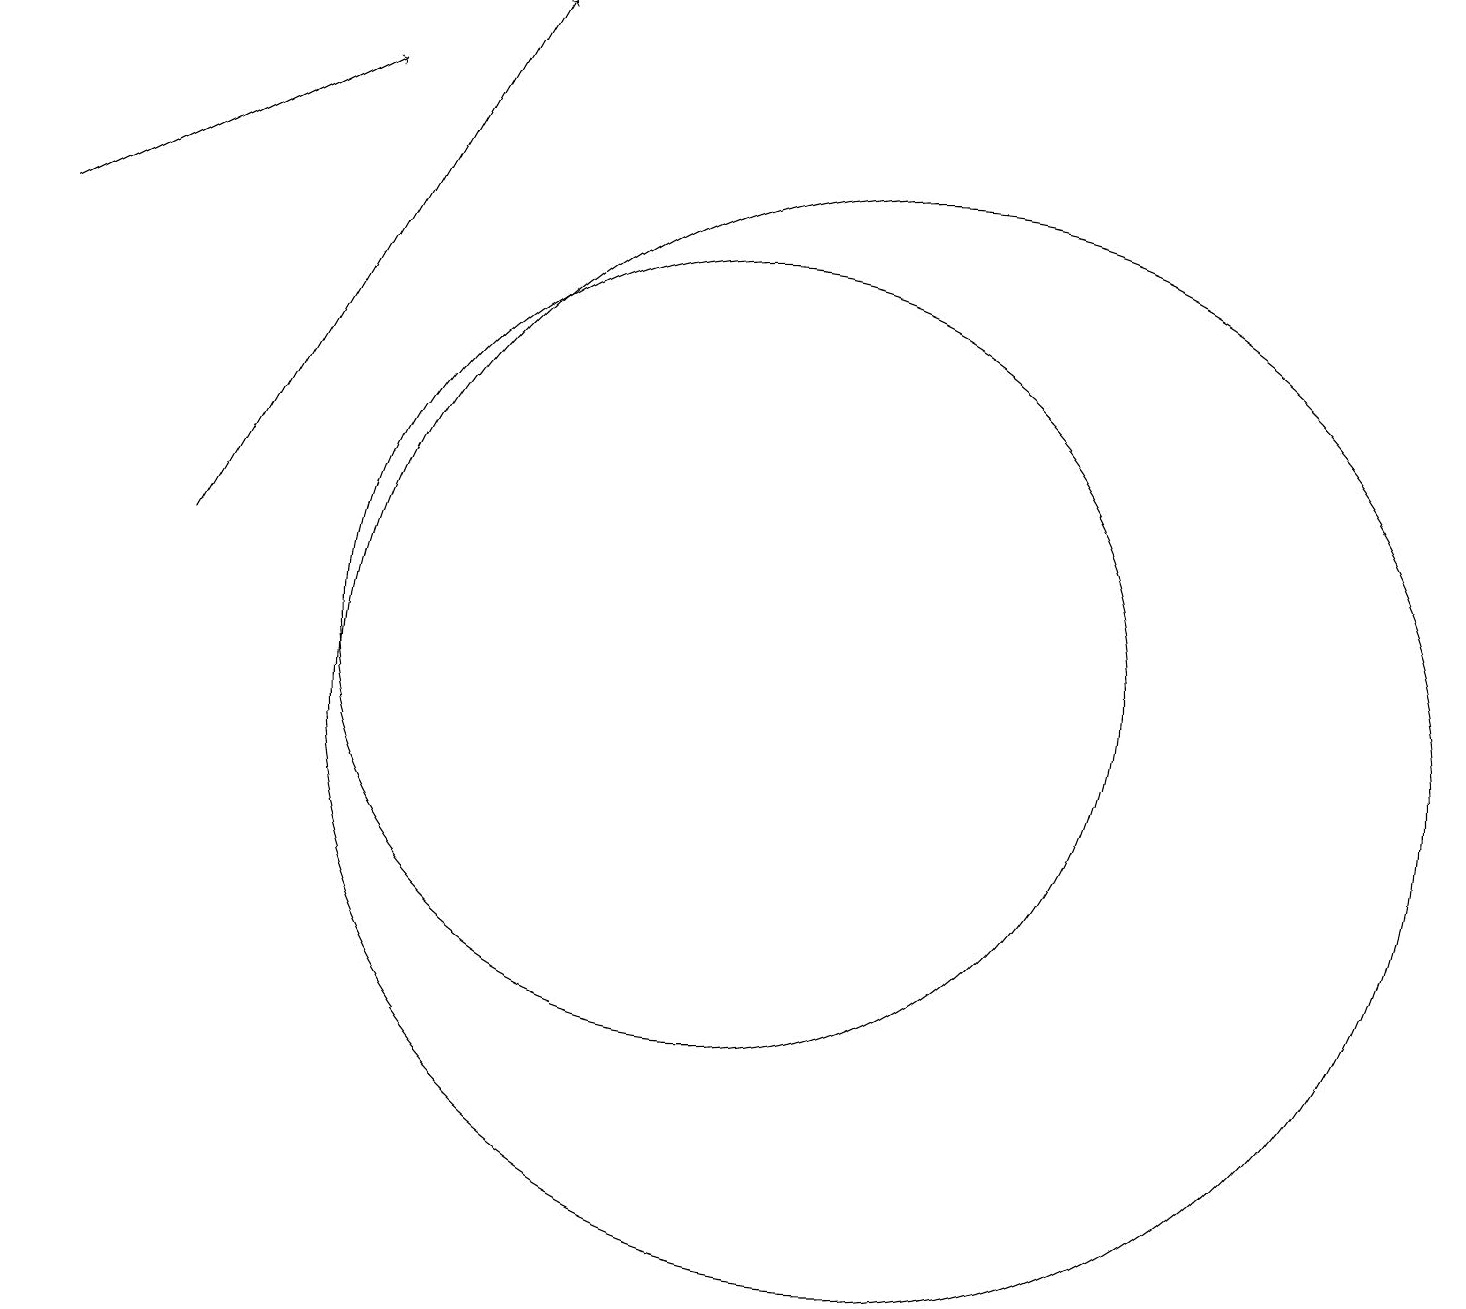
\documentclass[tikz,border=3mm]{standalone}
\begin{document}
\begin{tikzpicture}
\draw[->] (3,12) -- (7,19);
\draw (12,10) circle (7);
\draw[->] (1,16) -- (5,18);
\draw (10,11) circle (5);
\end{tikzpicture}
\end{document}